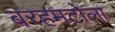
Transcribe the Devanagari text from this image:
बरहमटोला